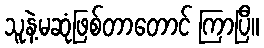
သူနဲ့မဆုံဖြစ်တာတောင် ကြာပြီ။